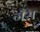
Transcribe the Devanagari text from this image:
गँस